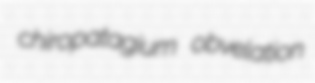
chiropatagium obvelation